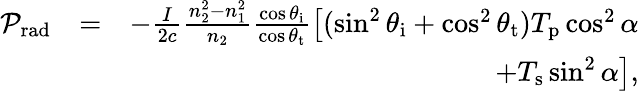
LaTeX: \begin{array}{rlr}{\mathcal{P}_{\mathrm{rad}}}&{=}&{-\frac{I}{2c}\frac{n_{2}^{2}-n_{1}^{2}}{n_{2}}\frac{\cos\theta_{\mathrm{i}}}{\cos\theta_{\mathrm{t}}}\left[(\sin^{2}\theta_{\mathrm{i}}+\cos^{2}\theta_{\mathrm{t}})T_{\mathrm{p}}\cos^{2}\alpha\right.}\\ &{}&{\left.+T_{\mathrm{s}}\sin^{2}\alpha\right],}\end{array}